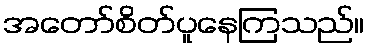
အတော်စိတ်ပူနေကြသည်။